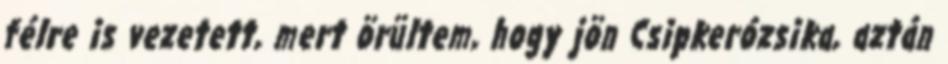
félre is vezetett, mert örültem, hogy jön Csipkerózsika, aztán